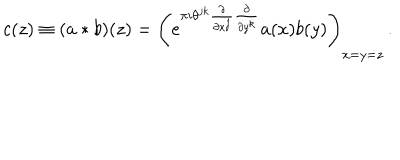
LaTeX: c ( z ) \equiv ( a \ast b ) ( z ) = \left( e ^ { \pi i \theta ^ { j k } \frac { \partial } { \partial x ^ { j } } \frac { \partial } { \partial y ^ { k } } } a ( x ) b ( y ) \right) _ { x = y = z } \, .